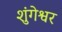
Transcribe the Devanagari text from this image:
शुंगेश्वर